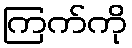
ကြက်ကို